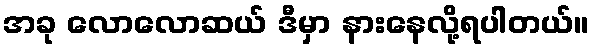
အခု လောလောဆယ် ဒီမှာ နားနေလို့ရပါတယ်။